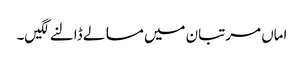
اماں مرتبان میں مسالے ڈالنے لگیں۔